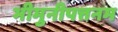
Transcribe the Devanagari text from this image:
भीमुनीपत्तनम